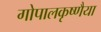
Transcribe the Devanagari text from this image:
गोपालकृष्णैया